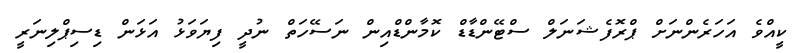
ކީއްވެ އަހަރެންނަށް ޕްރޮފެޝަނަލް ސްޓޭންޑާޑް ކޮމާންޑްއިން ނަސޭހަތް ނުދީ ފިޔަވަޅު އަޅަން ޑިސިޕްލިނަރީ